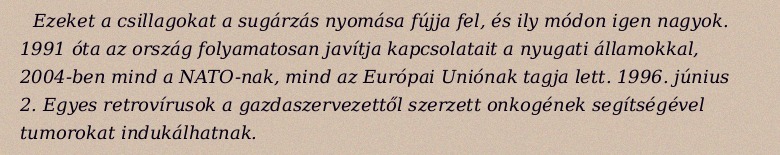
Ezeket a csillagokat a sugárzás nyomása fújja fel, és ily módon igen nagyok. 1991 óta az ország folyamatosan javítja kapcsolatait a nyugati államokkal, 2004-ben mind a NATO-nak, mind az Európai Uniónak tagja lett. 1996. június 2. Egyes retrovírusok a gazdaszervezettől szerzett onkogének segítségével tumorokat indukálhatnak.